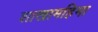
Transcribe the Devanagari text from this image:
शाखामहिमा